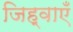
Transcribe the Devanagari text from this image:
जिह्वाएँ